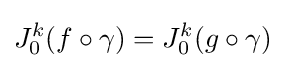
J_{0}^{k}(f\circ \gamma )=J_{0}^{k}(g\circ \gamma )